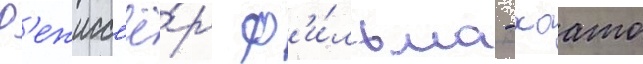
Р'ежисс'ё́р ф'и́льма - хаато